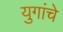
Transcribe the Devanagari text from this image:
युगांचे